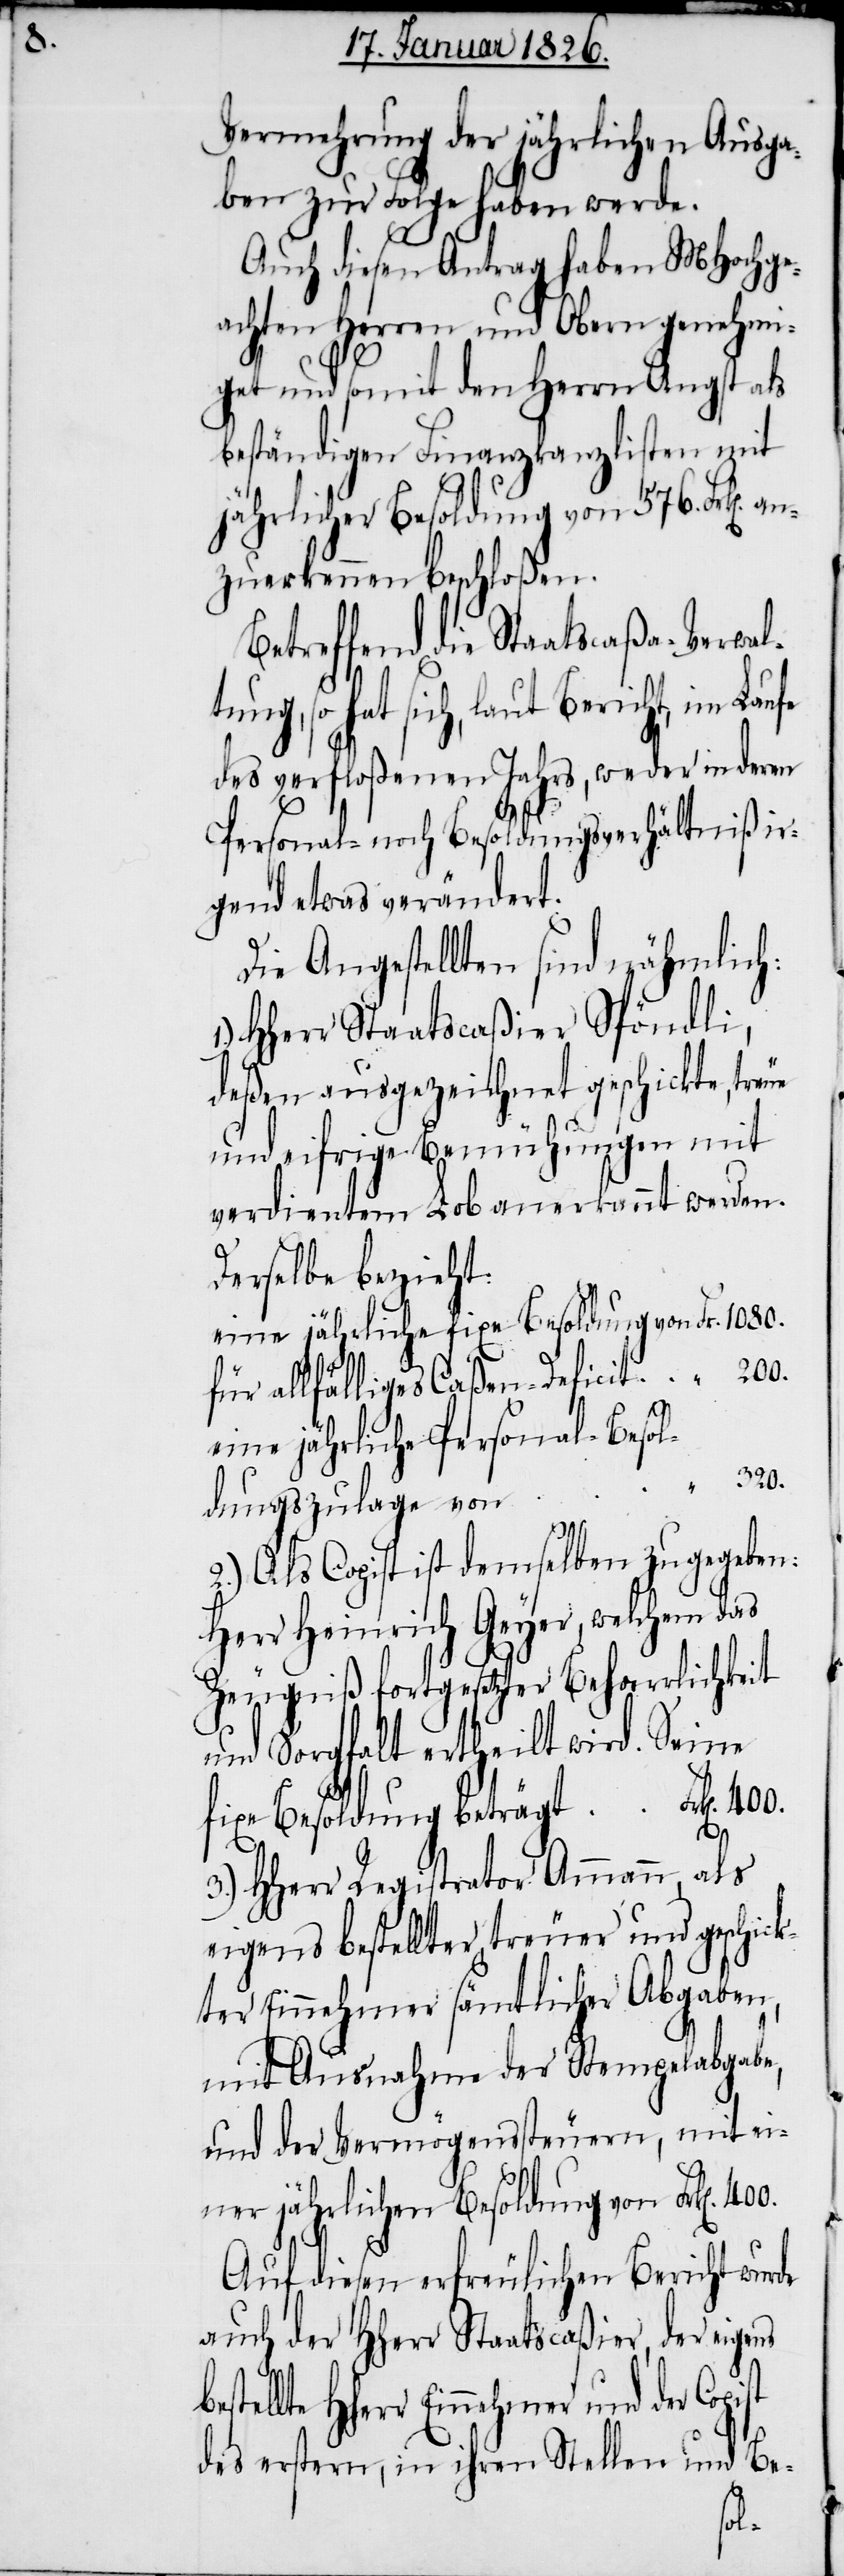
Vermehrung der jährlichen Ausga¬
ben zur Folge haben werde.
Auch diesen Antrag haben MHochge¬
achten Herren und Obern genehmi¬
get und somit den Herrn Angst als
beständigen Finanzkanzlisten mit
jährlicher Besoldung von 576. Frk[en].
zuerkennen beschloßen.
Betreffend die Staatscaßa-Verwalt¬
hat sich, laut Bericht, im Lau¬
des verfloßenen Jahres, weder in deren
Personal- noch Besoldungsverhältniß ir¬
gend etwas verändert.
Die Angestellten sind nähmlich:
HHerr Staatscaßier Spöndli,
deßen ausgezeichnet geschickte, treue
und eifrige Bemühungen mit
verdientem Lob anerkannt werden.
Derselbe bezieht:
eine jährliche fixe Besoldung von
für allfälliges Caßen-Deficit
st
eine jährliche Personal-Besol¬
Fr.
dungszulage von
2.) Als Copist ist demselben zugegeben:
Herr Heinrich Geyer, welchem das
Zeugniß fortgesetzter Beharrlichkeit
und Sorgfalt ertheilt wird. Seine
fixe Besoldung beträgt Frk[en].
400.
3.) HHerr Registrator Ammann, als
eigens bestellter treuer und geschick¬
ter Einnehmer sämtlicher Abgaben,
mit Ausnahme der Stempelabgabe,
und der Vermögenssteuern, mit ei¬
ner jährlichen Besoldung von Frk[en].
Auf diesen erfreulichen Bericht wurde
auch der HHerr Staatscaßier, der eigens
[sic!] Einnehmer und der Copi¬
des erstern, in ihren Stellen und Be-
an¬